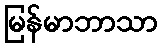
မြန်မာဘာသာ